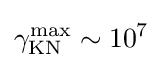
\gamma _{\text{KN}}^{\text{max}}\sim 10^{7}